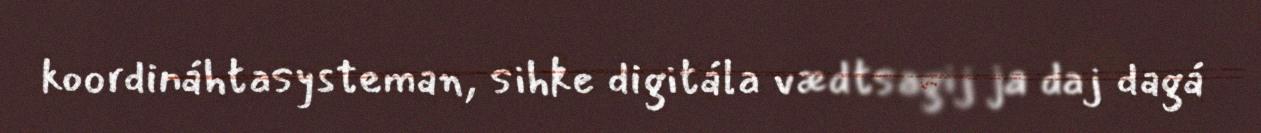
koordináhtasysteman, sihke digitála vædtsagij ja daj dagá